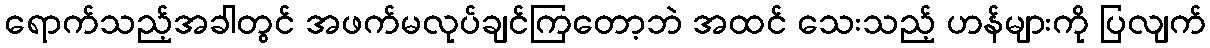
ရောက်သည့်အခါတွင် အဖက်မလုပ်ချင်ကြတော့ဘဲ အထင် သေးသည့် ဟန်များကို ပြလျက်